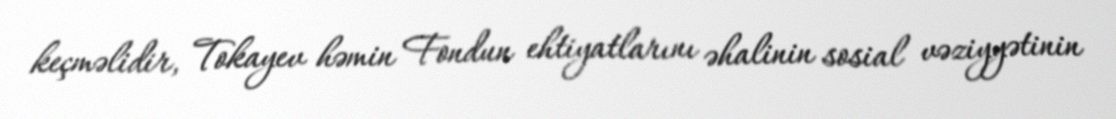
keçməlidir, Tokayev həmin Fondun ehtiyatlarını əhalinin sosial vəziyyətinin